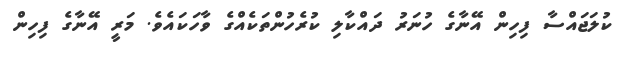
ކުލަޖައްސާ ފިހިން އޭނާގެ ހުނަރު ދައްކާލި ކުރެހުންތަކެއްގެ ވާހަކައެވެ. މަރީ އޭނާގެ ފިހިން